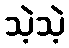
သဲ့သဲ့